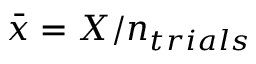
\bar { x } = X / n _ { t r i a l s }